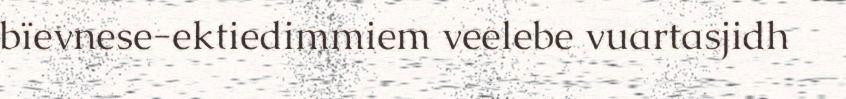
bïevnese-ektiedimmiem veelebe vuartasjidh